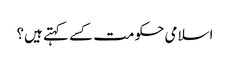
اسلامی حکومت کسے کہتے ہیں؟